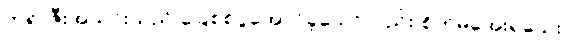
ဘရာဇီးအသင်းသည် ခြေစစ်ပွဲအောင်ခဲ့သော်လည်း စိတ်မအေးရသေး။